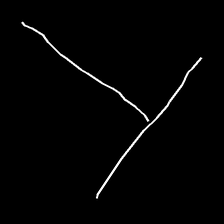
Glyph: column